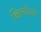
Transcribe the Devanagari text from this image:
व्हिलचेअर